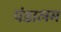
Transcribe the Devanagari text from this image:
पंडालम